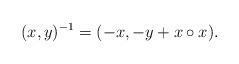
LaTeX: \begin{align*}(x,y)^{-1}=(-x, -y+x\circ x).\end{align*}